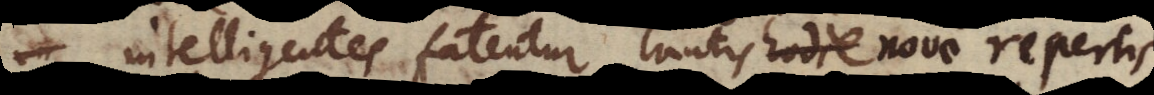
intelligentes fatentur tantis hodie nove repertis